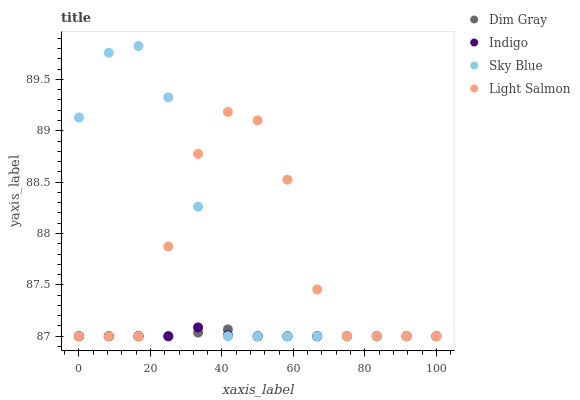
| xaxis_label | Dim Gray | Indigo | Sky Blue | Light Salmon |
 | --- | --- | --- | --- | --- |
 | 0 | 87 | 87 | 89.1 | 87 |
 | 8.33 | 87 | 87 | 89.8 | 87 |
 | 16.7 | 87 | 87 | 89.8 | 87 |
 | 25 | 87 | 87 | 89.3 | 87.9 |
 | 33.3 | 87 | 87.1 | 88.3 | 88.8 |
 | 41.7 | 87.1 | 87 | 87 | 89.2 |
 | 50 | 87 | 87 | 87 | 89.1 |
 | 58.3 | 87 | 87 | 87 | 88.5 |
 | 66.7 | 87 | 87 | 87 | 87.5 |
 | 75 | 87 | 87 | 87 | 87 |
 | 83.3 | 87 | 87 | 87 | 87 |
 | 91.7 | 87 | 87 | 87 | 87 |
 | 100 | 87 | 87 | 87 | 87 |